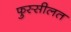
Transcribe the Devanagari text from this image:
फुस्सीलत